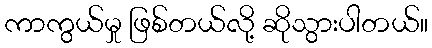
ကာကွယ်မှု ဖြစ်တယ်လို့ ဆိုသွားပါတယ်။